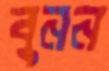
বুনন